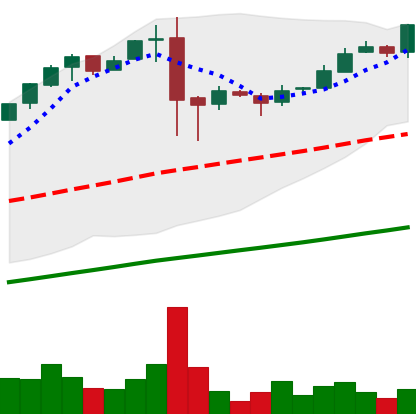
Ticker: BTC-USD
Chart end date: 2017-02-20
Forward return: 5.913%
Label: up_5_7